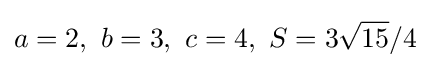
a=2,\,\,b=3,\,\,c=4,\,\,S=3{\sqrt {15}}/4